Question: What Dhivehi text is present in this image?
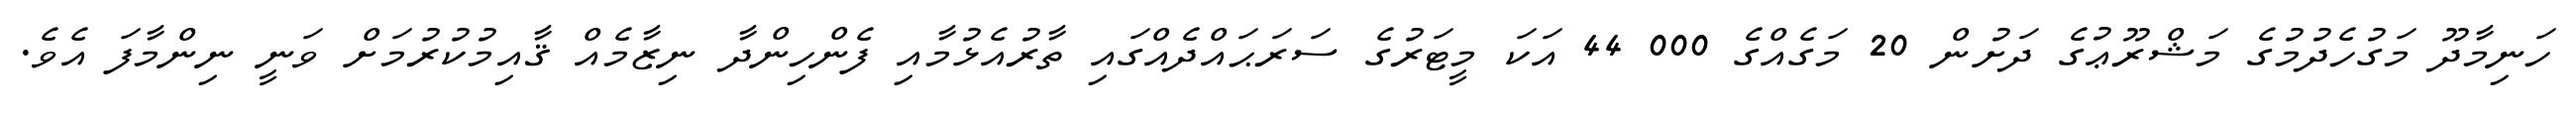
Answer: ހަނިމާދޫ މަގުހެދުމުގެ މަޝްރޫޢުގެ ދަށުން 20 މަގެއްގެ 000 44 އަކަ މީޓަރުގެ ސަރަޙައްދެއްގައި ތާރުއެޅުމާއި ފެންހިންދާ ނިޒާމެއް ޤާއިމުކުރުމަށް ވަނީ ނިންމާފަ އެވެ.